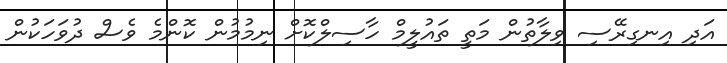
އަދި އިނގިރޭސި ވިލާތުން މަތީ ތައުލީމް ހާސިލްކޮށް ނިމުމުން ކޮންމެ ވެސް ދުވަހަކުން